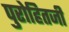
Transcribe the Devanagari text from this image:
पुरोहितजी